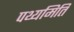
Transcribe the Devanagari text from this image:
पथ्यमिति